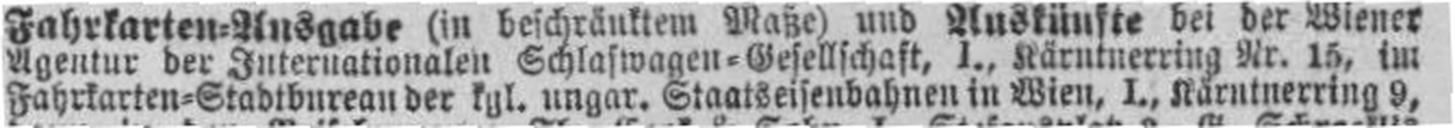
Fahrkarten=Stadtbureau der kgl. ungar. Staatseisenbahnen in Wien, I., Kärntnerring 9,